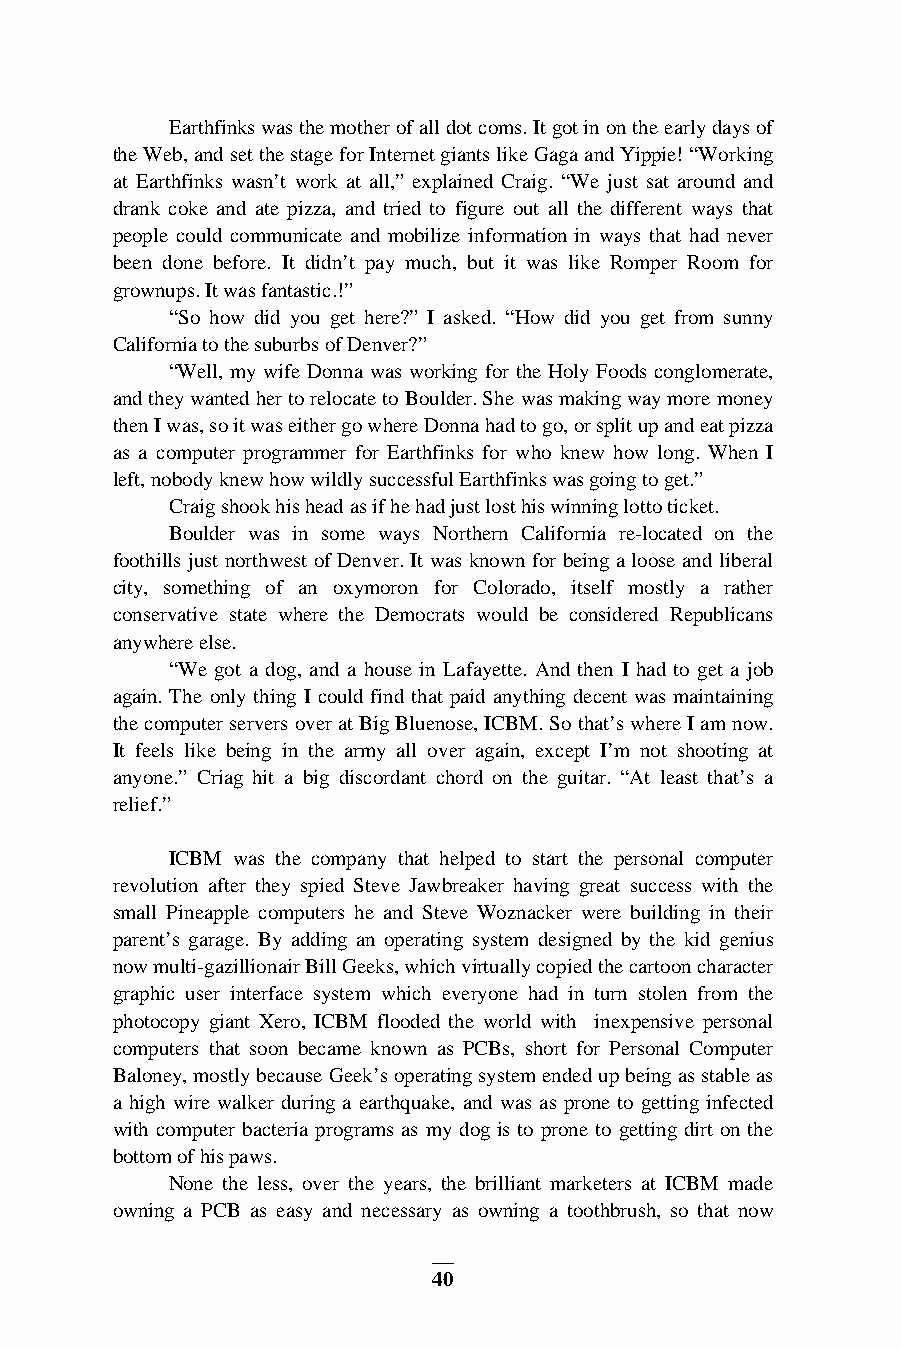
Earthfinks was the mother of all dot coms. It got in on the early days of
 the Web, and set the stage for Internet giants like Gaga and Yippie! “Working
 at Earthfinks wasn’t work at all,” explained Craig. “We just sat around and
 drank coke and ate pizza, and tried to figure out all the different ways that
 people could communicate and mobilize information in ways that had never
 been done before. It didn’t pay much, but it was like Romper Room for
 grownups. It was fantastic.!”
 “So how did you get here?” I asked. “How did you get from sunny
 California to the suburbs of Denver?”
 “Well, my wife Donna was working for the Holy Foods conglomerate,
 and they wanted her to relocate to Boulder. She was making way more money
 then I was, so it was either go where Donna had to go, or split up and eat pizza
 as a computer programmer for Earthfinks for who knew how long. When I
 left, nobody knew how wildly successful Earthfinks was going to get.”
 Craig shook his head as if he had just lost his winning lotto ticket.
 Boulder was in some ways Northern California re-located on the
 foothills just northwest of Denver. It was known for being a loose and liberal
 city, something of an oxymoron for Colorado, itself mostly a rather
 conservative state where the Democrats would be considered Republicans
 anywhere else.
 “We got a dog, and a house in Lafayette. And then I had to get a job
 again. The only thing I could find that paid anything decent was maintaining
 the computer servers over at Big Bluenose, ICBM. So that’s where I am now.
 It feels like being in the army all over again, except I’m not shooting at
 anyone.” Criag hit a big discordant chord on the guitar. “At least that’s a
 relief.”
 ICBM was the company that helped to start the personal computer
 revolution after they spied Steve Jawbreaker having great success with the
 small Pineapple computers he and Steve Woznacker were building in their
 parent’s garage. By adding an operating system designed by the kid genius
 now multi-gazillionair Bill Geeks, which virtually copied the cartoon character
 graphic user interface system which everyone had in turn stolen from the
 photocopy giant Xero, ICBM flooded the world with inexpensive personal
 computers that soon became known as PCBs, short for Personal Computer
 Baloney, mostly because Geek’s operating system ended up being as stable as
 a high wire walker during a earthquake, and was as prone to getting infected
 with computer bacteria programs as my dog is to prone to getting dirt on the
 bottom of his paws.
 None the less, over the years, the brilliant marketers at ICBM made
 owning a PCB as easy and necessary as owning a toothbrush, so that now
 40